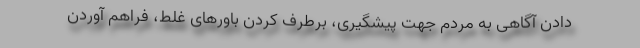
دادن آگاهی به مردم جهت پیشگیری، برطرف کردن باورهای غلط، فراهم آوردن